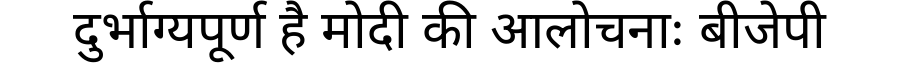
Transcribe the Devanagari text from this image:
दुर्भाग्यपूर्ण है मोदी की आलोचनाः बीजेपी